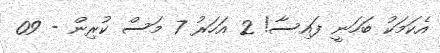
އެކަމަކު ބަހަނީ ފައިސާ! 2 އަހަރު 7 މަސް ކުރިން - 09